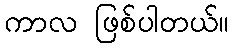
ကာလ ဖြစ်ပါတယ်။